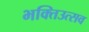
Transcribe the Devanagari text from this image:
भक्तिउत्सव